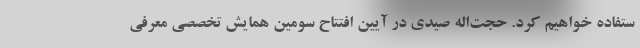
ستفاده خواهیم کرد. حجت‌اله صیدی در آیین افتتاح سومین همایش تخصصی معرفی